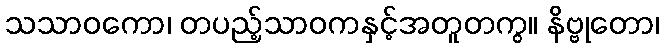
သသာဝကော၊ တပည့်သာဝကနှင့်အတူတကွ။ နိဗ္ဗုတော၊